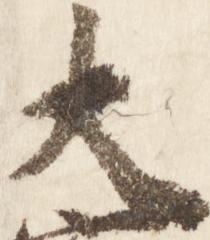
大